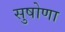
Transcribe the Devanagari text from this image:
सुषोणा